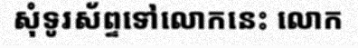
សុំទូរស័ព្ទទៅលោកនេះ លោក